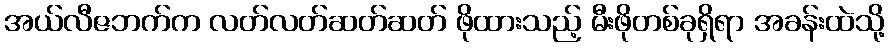
အယ်လီဇဘက်က လတ်လတ်ဆတ်ဆတ် ဖိုထားသည့် မီးဖိုတစ်ခုရှိရာ အခန်းထဲသို့